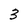
Character: 3